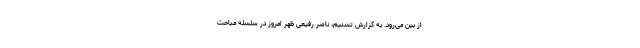
از بین می‌رود. به گزارش تسنیم، ناصر رفیعی ظهر امروز در سلسله مباحث